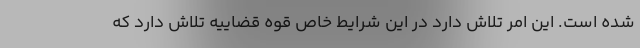
شده است. این امر تلاش دارد در این شرایط خاص قوه قضاییه تلاش دارد که